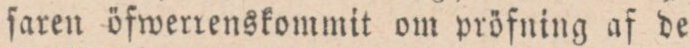
ſaren öfwerrenskommit om pröfning af de